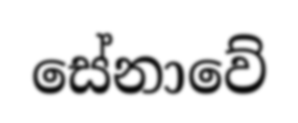
සේනාවේ